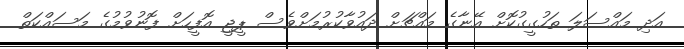
އަދި މައްސަލަ ތަހުގީގުކޮށް އޭނާގެ މައްޗަށް ދައުވާކުރުމަށްވެސް ޕީޖީ އޮފީހަށް ފޮނުވުމުގެ މަސައްކަތް